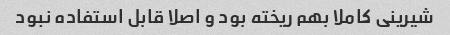
شیرینی کاملا بهم ریخته بود و اصلا قابل استفاده نبود